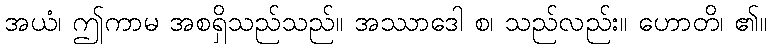
အယံ၊ ဤကာမ အစရှိသည်သည်။ အဿာဒေါ စ၊ သည်လည်း။ ဟောတိ၊ ၏။